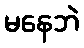
မနေဘဲ